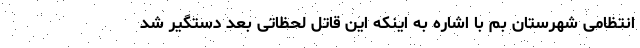
انتظامی شهرستان بم با اشاره به اینکه این قاتل لحظاتی بعد دستگیر شد